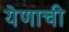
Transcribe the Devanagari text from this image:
येणाची